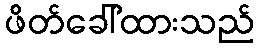
ဖိတ်ခေါ်ထားသည်